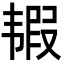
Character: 𩐀